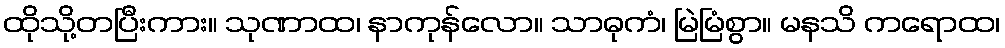
ထိုသို့တပြီးကား။ သုဏာထ၊ နာကုန်လော။ သာဓုကံ၊ မြဲမြံစွာ။ မနသိ ကရောထ၊